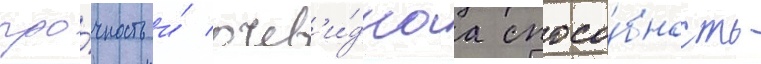
про́чность и́ очев'и́днаа спосо́бность